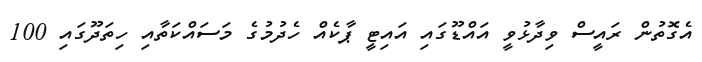
އެގޮތުން ރައީސް ވިދާޅުވީ އައްޑޫގައި އައިޓީ ޕާކެއް ހެދުމުގެ މަސައްކަތާއި ހިތަދޫގައި 100